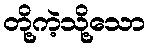
တို့ကဲ့သို့သော